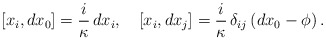
\begin{align*}[x_i, dx_0] = \frac i\kappa\, dx_i, \quad [x_i, dx_j] = \frac i\kappa\,\delta_{ij} \left( dx_0 - \phi\right).\end{align*}